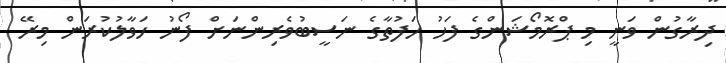
ދިރާގުން ވަނީ މި ޕްރޮމޯޝަންގެ ފަހު ހަފުތާގެ ނަސީބުވެރިންނަށް ފޯނު ހަވާލުކުރަން މިރޭ